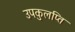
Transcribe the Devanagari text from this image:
उपकुलप्ति